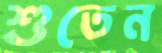
শুতেন